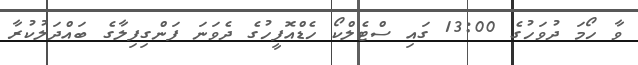
ވާ ހޯމަ ދުވަހުގެ 13:00 ގައި ސްޓެލްކޯ ހެޑްއޮފީހުގެ ދެވަނަ ފަންގިފިލާގެ ބައްދަލުކުރާ